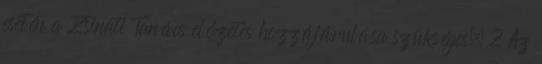
esetén a Zsinati Tanács előzetes hozzájárulása szükséges. 2 Az